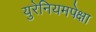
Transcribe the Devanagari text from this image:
युरेनियमपेक्षा